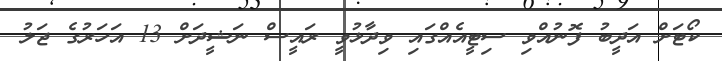
ކޯޓަށް އަދީބު ފޮނުއްވި ސިޓީއެއްގައި ވިދާޅުވީ ރައީސް ނަޝީދަށް 13 އަހަރުގެ ޖަލު